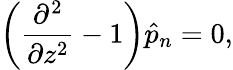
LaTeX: \left(\frac{\partial^{2}}{\partial z^{2}}-1\right)\hat{p}_{n}=0,